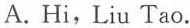
A. Hi,Liu Tao.